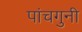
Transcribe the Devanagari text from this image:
पांचगुनी